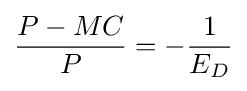
{\frac {P-MC}{P}}=-{\frac {1}{E_{D}}}